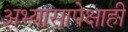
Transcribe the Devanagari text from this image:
अभ्यासापेक्षाही